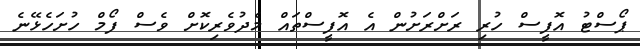
ޕޯސްޓު އޮފީސް ހުރި ރަށްރަށުން އެ އޮފީސްތައް މެދުވެރިކޮށް ވެސް ފޯމް ހުށަހެޅޭނެ